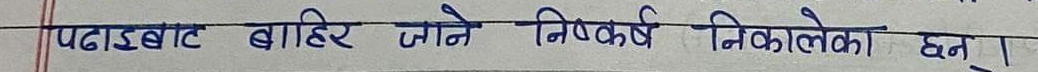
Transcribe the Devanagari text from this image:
पढ़ाड्बाट बाहिर जाने निष्कर्ष निकालेका छन्।